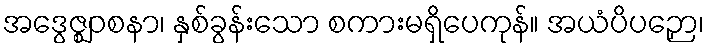
အဒွေဇ္ဈဝစနာ၊ နှစ်ခွန်းသော စကားမရှိပေကုန်။ အယံပိပဉှော၊